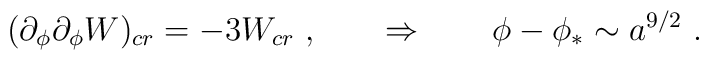
(\partial_\phi \partial_\phi W)_{cr} = - 3 W_{cr}\ , \qquad   \Rightarrow  \qquad \phi - \phi_* \sim a^{9/2} \ .